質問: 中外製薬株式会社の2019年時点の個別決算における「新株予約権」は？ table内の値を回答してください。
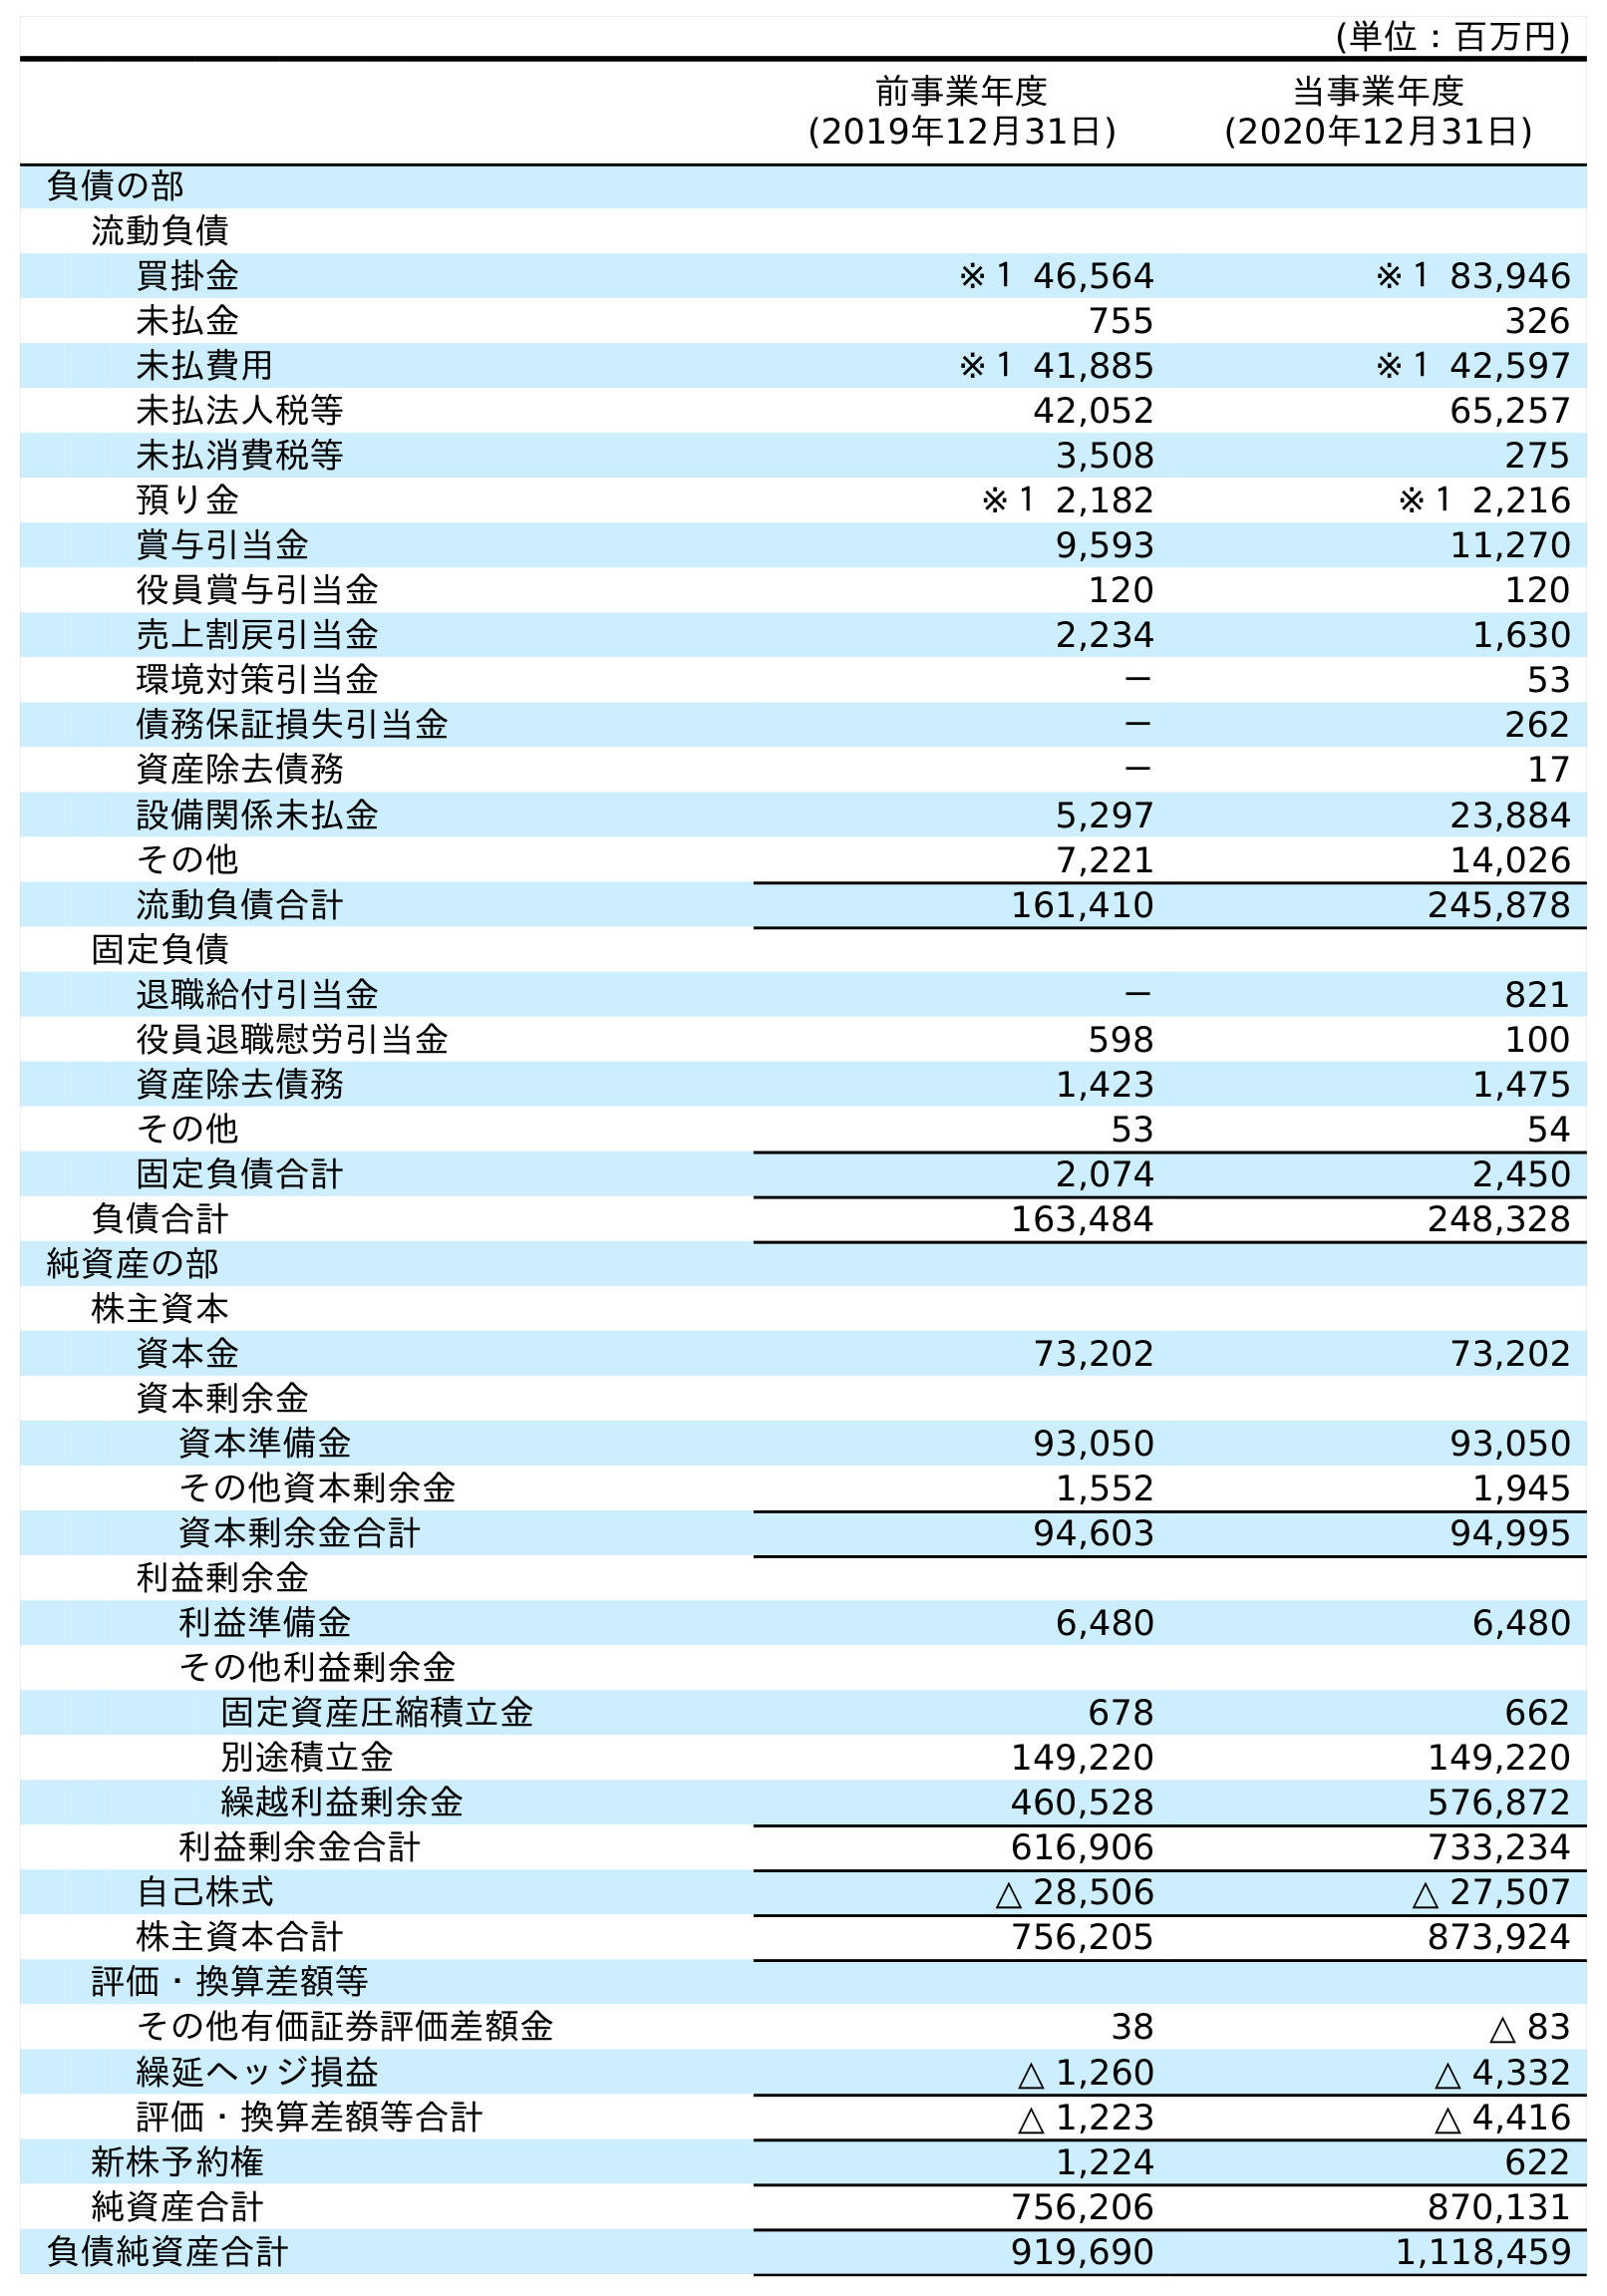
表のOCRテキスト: (単位：百万円) 前事業年度 (2019年12月31日) 当事業年度 (2020年12月31日) 負債の部 流動負債 買掛金 ※１ 46,564 ※１ 83,946 未払金 755 326 未払費用 ※１ 41,885 ※１ 42,597 未払法人税等 42,052 65,257 未払消費税等 3,508 275 預り金 ※１ 2,182 ※１ 2,216 賞与引当金 9,593 11,270 役員賞与引当金 120 120 売上割戻引当金 2,234 1,630 環境対策引当金 － 53 債務保証損失引当金 － 262 資産除去債務 － 17 設備関係未払金 5,297 23,884 その他 7,221 14,026 流動負債合計 161,410 245,878 固定負債 退職給付引当金 － 821 役員退職慰労引当金 598 100 資産除去債務 1,423 1,475 その他 53 54 固定負債合計 2,074 2,450 負債合計 163,484 248,328 純資産の部 株主資本 資本金 73,202 73,202 資本剰余金 資本準備金 93,050 93,050 その他資本剰余金 1,552 1,945 資本剰余金合計 94,603 94,995 利益剰余金 利益準備金 6,480 6,480 その他利益剰余金 固定資産圧縮積立金 678 662 別途積立金 149,220 149,220 繰越利益剰余金 460,528 576,872 利益剰余金合計 616,906 733,234 自己株式 △ 28,506 △ 27,507 株主資本合計 756,205 873,924 評価・換算差額等 その他有価証券評価差額金 38 △ 83 繰延ヘッジ損益 △ 1,260 △ 4,332 評価・換算差額等合計 △ 1,223 △ 4,416 新株予約権 1,224 622 純資産合計 756,206 870,131 負債純資産合計 919,690 1,118,459
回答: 1,224